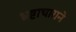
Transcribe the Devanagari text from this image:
भ्रष्टाचाराने